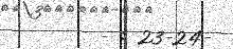
- : 23-24-